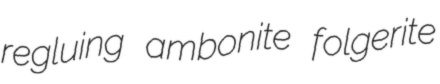
regluing ambonite folgerite